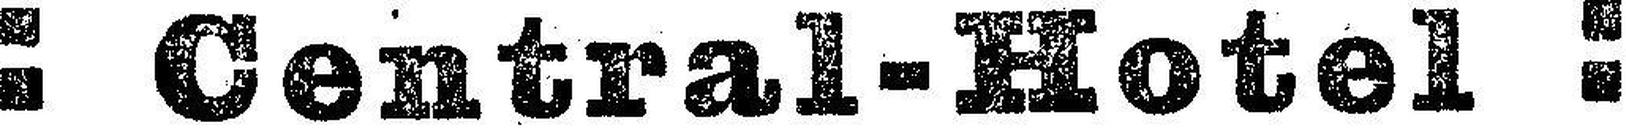
Central-Hotel